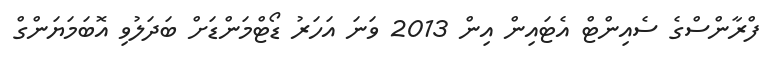
ފްރާންސްގެ ސެއިންޓް އެޓައިން އިން 2013 ވަނަ އަހަރު ޑޯޓްމަންޑަށް ބަދަލުވި އޮބަމަޔަންގް